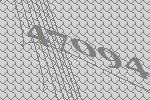
47094